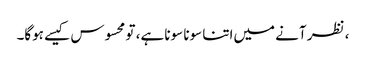
، نظر آنے میں‌اتنا سونا سونا ہے، تو محسوس کیسے ہوگا۔